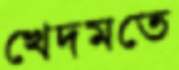
খেদমতে